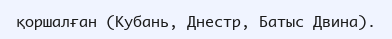
қоршалған (Кубань, Днестр, Батыс Двина).